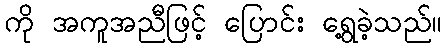
ကို အကူအညီဖြင့် ပြောင်း ရွေ့ခဲ့သည်။